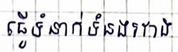
ធ្វើទំនាក់ទំនងរវាង